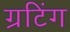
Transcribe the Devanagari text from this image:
ग्रटिंग